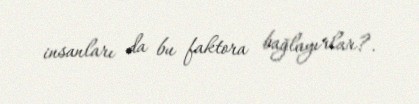
insanları da bu faktora bağlayırlar?.